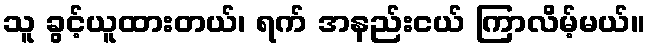
သူ ခွင့်ယူထားတယ်၊ ရက် အနည်းငယ် ကြာလိမ့်မယ်။